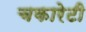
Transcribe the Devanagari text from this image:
चकारेटी